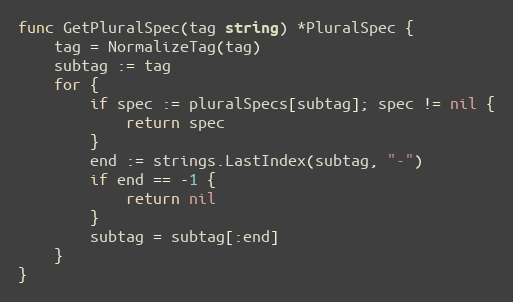
Language: Go
func GetPluralSpec(tag string) *PluralSpec {
	tag = NormalizeTag(tag)
	subtag := tag
	for {
		if spec := pluralSpecs[subtag]; spec != nil {
			return spec
		}
		end := strings.LastIndex(subtag, "-")
		if end == -1 {
			return nil
		}
		subtag = subtag[:end]
	}
}